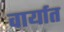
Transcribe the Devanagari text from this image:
वार्यात